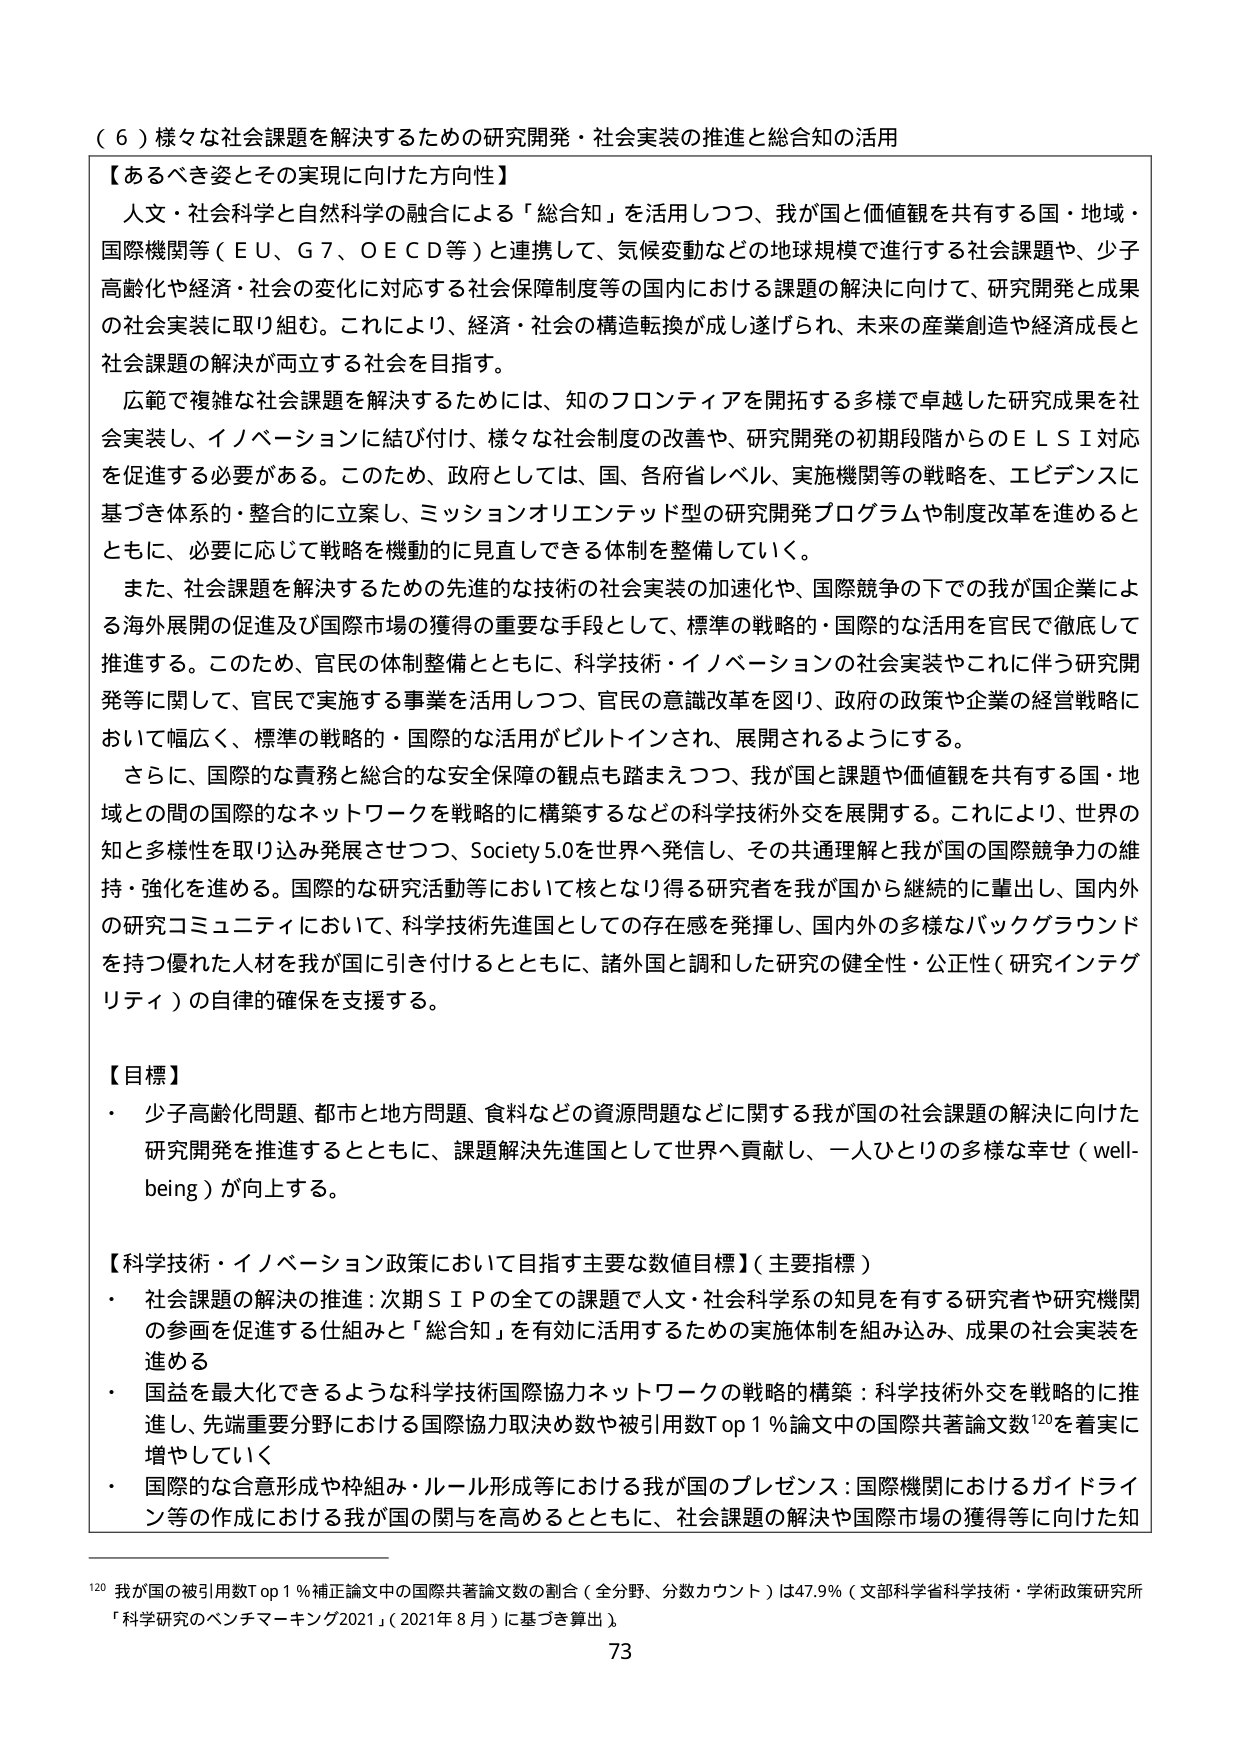
（６）様々な社会課題を解決するための研究開発・社会実装の推進と総合知の活用

【あるべき姿とその実現に向けた方向性】
人文・社会科学と自然科学の融合による「総合知」を活用しつつ、我が国と価値観を共有する国・地域・国際機関等（ＥＵ、Ｇ７、ＯＥＣＤ等）と連携して、気候変動などの地球規模で進行する社会課題や、少子高齢化や経済・社会の変化に対応する社会保障制度等の国内における課題の解決に向けて、研究開発と成果の社会実装に取り組む。これにより、経済・社会の構造転換が成し遂げられ、未来の産業創造や経済成長と社会課題の解決が両立する社会を目指す。

広範で複雑な社会課題を解決するためには、知のフロンティアを開拓する多様で卓越した研究成果を社会実装し、イノベーションに結び付け、様々な社会制度の改善や、研究開発の初期段階からのＥＬＳＩ対応を促進する必要がある。このため、政府としては、国、各府省レベル、実施機関等の戦略を、エビデンスに基づき体系的・整合的に立案し、ミッションオリエンテッド型の研究開発プログラムや制度改革を進めるとともに、必要に応じて戦略を機動的に見直していける体制を整備していく。

また、社会課題を解決するための先進的な技術の社会実装の加速化や、国際競争の下での我が国企業による海外展開の促進及び国際市場の獲得の重要な手段として、標準の戦略的・国際的な活用を官民で徹底して推進する。このため、官民の体制整備とともに、科学技術・イノベーションの社会実装やこれに伴う研究開発等に関して、官民で実施する事業を活用しつつ、官民の意識改革を図り、政府の政策や企業の経営戦略において幅広く、標準の戦略的・国際的な活用がビルトインされ、展開されるようにする。

さらに、国際的な責務と総合的な安全保障の観点も踏まえつつ、我が国と課題や価値観を共有する国・地域との間の国際的なネットワークを戦略的に構築するなどの科学技術外交を展開する。これにより、世界の知と多様性を取り込み発展させつつ、Society 5.0を世界へ発信し、その共通理解と我が国の国際競争力の維持・強化を進める。国際的な研究活動等において核となり得る研究者を我が国から継続的に輩出し、国内外の研究コミュニティにおいて、科学技術先進国としての存在感を発揮し、国内外の多様なバックグラウンドを持つ優れた人材を我が国に引き付けるとともに、諸外国と調和した研究の健全性・公正性（研究インテグリティ）の自律的確保を支援する。

【目標】
・ 少子高齢化問題、都市と地方問題、食料などの資源問題などに関する我が国の社会課題の解決に向けた研究開発を推進するとともに、課題解決先進国として世界へ貢献し、一人ひとりの多様な幸せ（well-being）が向上する。

【科学技術・イノベーション政策において目指す主要な数値目標】（主要指標）
・ 社会課題の解決の推進：次期ＳＩＰの全ての課題で人文・社会科学系の知見を有する研究者や研究機関の参画を促進する仕組みと「総合知」を有効に活用するための実施体制を組み込み、成果の社会実装を進める
・ 国益を最大化できるような科学技術国際協力ネットワークの戦略的構築：科学技術外交を戦略的に推進し、先端重要分野における国際協力取決め数や被引用数Ｔｏｐ１％論文中の国際共著論文数¹²⁰を着実に増やしていく
・ 国際的な合意形成や枠組み・ルール形成等における我が国のプレゼンス：国際機関におけるガイドライン等の作成における我が国の関与を高めるとともに、社会課題の解決や国際市場の獲得等に向けた知

¹²⁰ 我が国の被引用数Ｔｏｐ１％補正論文中の国際共著論文数の割合（全分野、分数カウント）は47.9％（文部科学省科学技術・学術政策研究所「科学研究のベンチマーキング2021」（2021年8月）に基づき算出）。

73